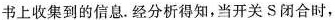
书上收集到的信息.经分析得知，当开关S闭合时，